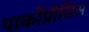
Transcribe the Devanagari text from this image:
पार्कोप्रीसिस